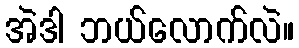
အဲဒါ ဘယ်လောက်လဲ။